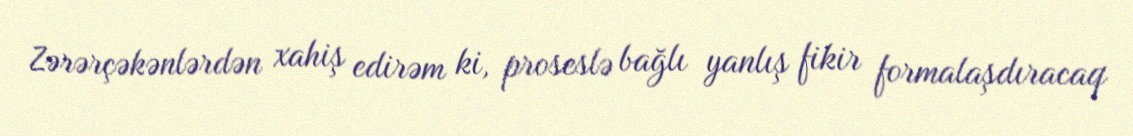
Zərərçəkənlərdən xahiş edirəm ki, proseslə bağlı yanlış fikir formalaşdıracaq